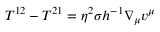
T ^ { 1 2 } - T ^ { 2 1 } = \eta ^ { 2 } \sigma h ^ { - 1 } \nabla _ { \mu } v ^ { \mu }